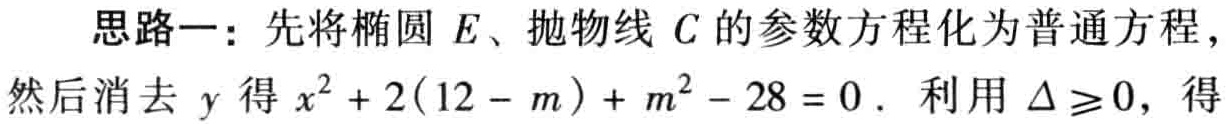
思路一：先将椭圆 \(E\)、抛物线 \(C\) 的参数方程化为普通方程，然后消去 \(y\) 得 \(x^{2}+2(12 - m)+m^{2}-28 = 0\). 利用 \(\Delta\geq0\)，得